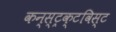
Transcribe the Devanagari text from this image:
कन्स्ट्रक्टविस्ट